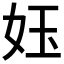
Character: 𡛼